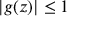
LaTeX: | g ( z ) | \leq 1